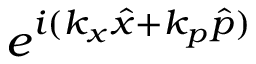
e ^ { i ( k _ { x } \hat { x } + k _ { p } \hat { p } ) }